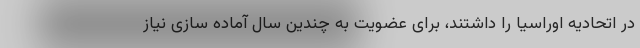
در اتحادیه اوراسیا را داشتند، برای عضویت به چندین سال آماده سازی نیاز